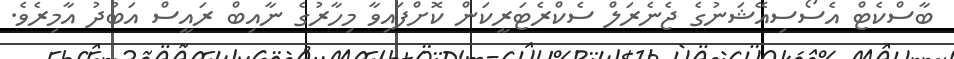
ބާސްކެޓް އެސޯސިއޭޝަނުގެ ޖެނެރަލް ސެކްރެޓަރީކަން ކޮށްފައިވާ މިހާރުގެ ނާއިބް ރައީސް އަބުދު އާމިރެެވެ.